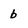
Character: b